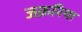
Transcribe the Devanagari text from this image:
जक़रिया